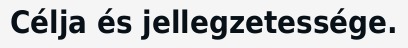
Célja és jellegzetessége.